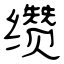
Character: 缵